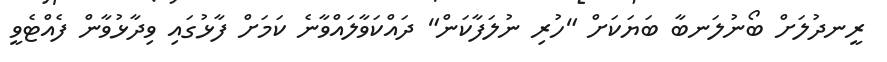
ރީނދުލަށް ބޯނުލަނބާ ބަޔަކަށް "ހުރި ނުލަފާކަން" ދައްކަވާލައްވާނެ ކަމަށް ފާޅުގައި ވިދާޅުވާން ފެއްޓެވީ